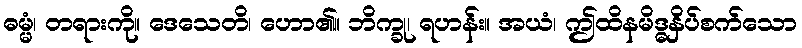
ဓမ္မံ၊ တရားကို။ ဒေသေတိ၊ ဟော၏။ ဘိက္ခု၊ ရဟန်း။ အယံ၊ ဤထိနမိဒ္ဓနှိပ်စက်သော